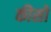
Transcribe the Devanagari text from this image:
कीसो